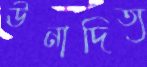
ঊনাদিত্য